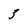
Character: 3